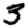
Digit: 3